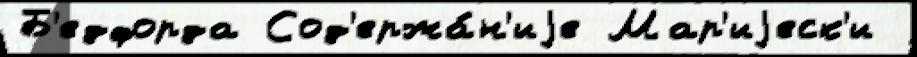
Б'едфорда Сод'ержа́н'иjе Мар'иjеск'и